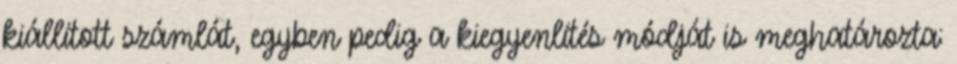
kiállított számlát, egyben pedig a kiegyenlítés módját is meghatározta: